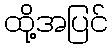
ထို့အပြင်